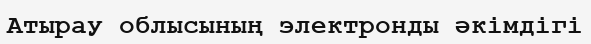
Атырау облысының электронды әкімдігі